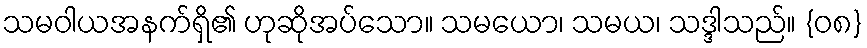
သမဝါယအနက်ရှိ၏ ဟုဆိုအပ်သော။ သမယော၊ သမယ၊ သဒ္ဒါသည်။ {၀၈}